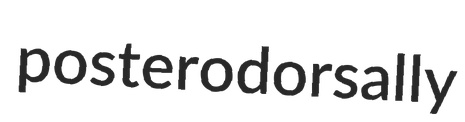
posterodorsally